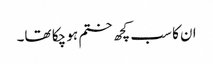
ان کا سب کچھ ختم ہو چکا تھا۔